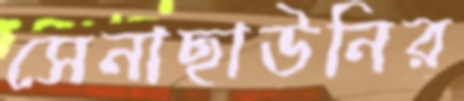
সেনাছাউনির